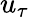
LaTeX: u_{\tau}